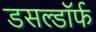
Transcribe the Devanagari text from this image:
डसल्डॉर्फ